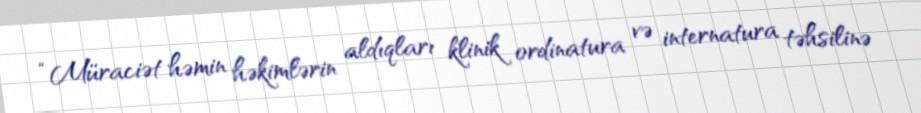
“Müraciət həmin həkimlərin aldıqları klinik ordinatura və internatura təhsilinə